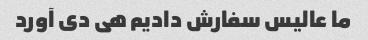
ما عالیس سفارش دادیم هی دی آورد